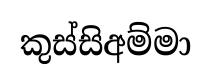
කුස්සිඅම්මා